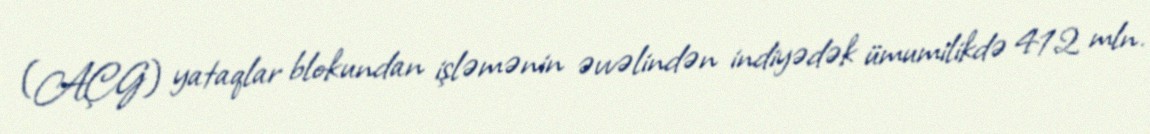
(AÇG) yataqlar blokundan işləmənin əvvəlindən indiyədək ümumilikdə 412 mln.